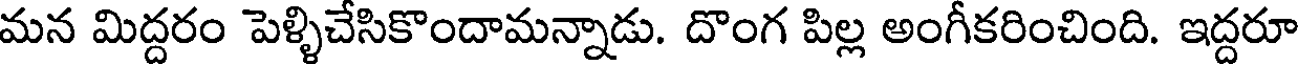
మన మిద్దరం పెళ్ళిచేసికొందామన్నాడు. దొంగ పిల్ల అంగీకరించింది. ఇద్దరూ